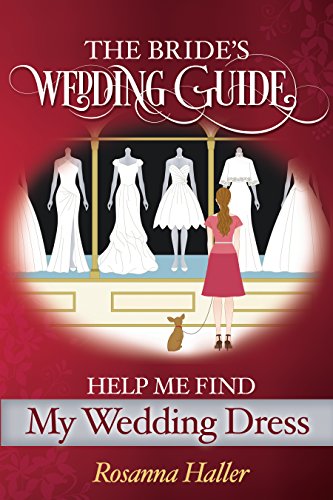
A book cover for The B.R.I.D.E.S Wedding Guide: Help Me Find a Wedding Dress: Transform from Bewildered Bride to Savvy Shopper!; Rosanna Haller; Crafts, Hobbies & Home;